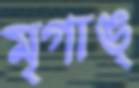
মৃগাঙ্